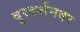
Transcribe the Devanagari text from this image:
दुरदर्शनवर